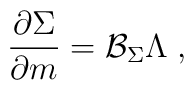
\frac{\partial \Sigma }{\partial m}=\mathcal{B}_\Sigma \Lambda \;,